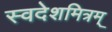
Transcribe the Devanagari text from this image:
स्वदेशमित्रम्